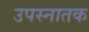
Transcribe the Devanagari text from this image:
उपस्नातक